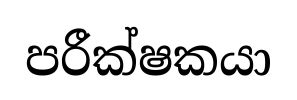
පරීක්ෂකයා